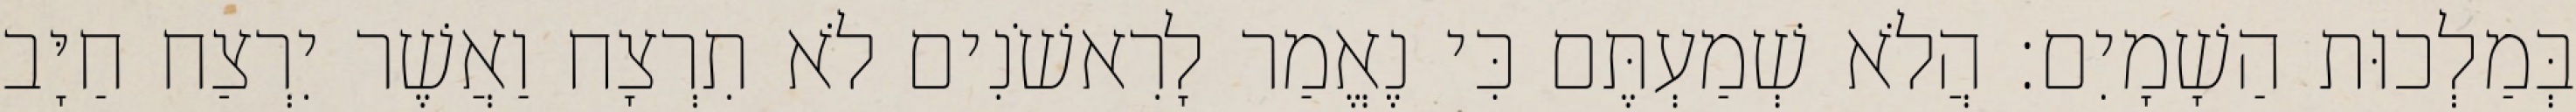
בְּמַלְכוּת הַשָׁמָיִם׃ הֲלֹא שְׁמַעְתֶּם כִּי נֶאֱמַר לָרִאשֹׁנִים לֹא תִרְצָח וַאֲשֶׁר יִרְצַח חַיָּב